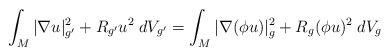
LaTeX: \begin{align*}\int_M |\nabla u|_{g'}^2 + R_{g'}u^2\; dV_{g'} = \int_M |\nabla (\phi u)|_{g}^2 + R_{g}(\phi u)^2\; dV_{g}\end{align*}